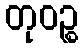
တုဝဉ္စ